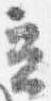
立